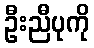
ဦးညီပုကို